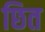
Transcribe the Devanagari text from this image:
छित